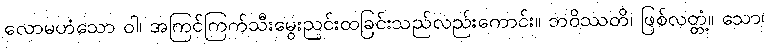
လောမဟံသော ဝါ၊ အကြင်ကြက်သီးမွေးညင်းထခြင်းသည်လည်းကောင်း။ ဘဝိဿတိ၊ ဖြစ်လတ္တံ့။ သော၊